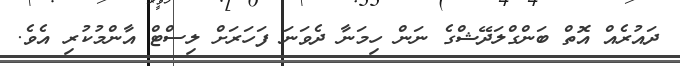
ދައުރެއް އޮތް ބަންގްލަދޭޝްގެ ނަން ހިމަނާ ދެވަނަ ފަހަރަށް ލިސްޓް އާންމުކުރި އެވެ.